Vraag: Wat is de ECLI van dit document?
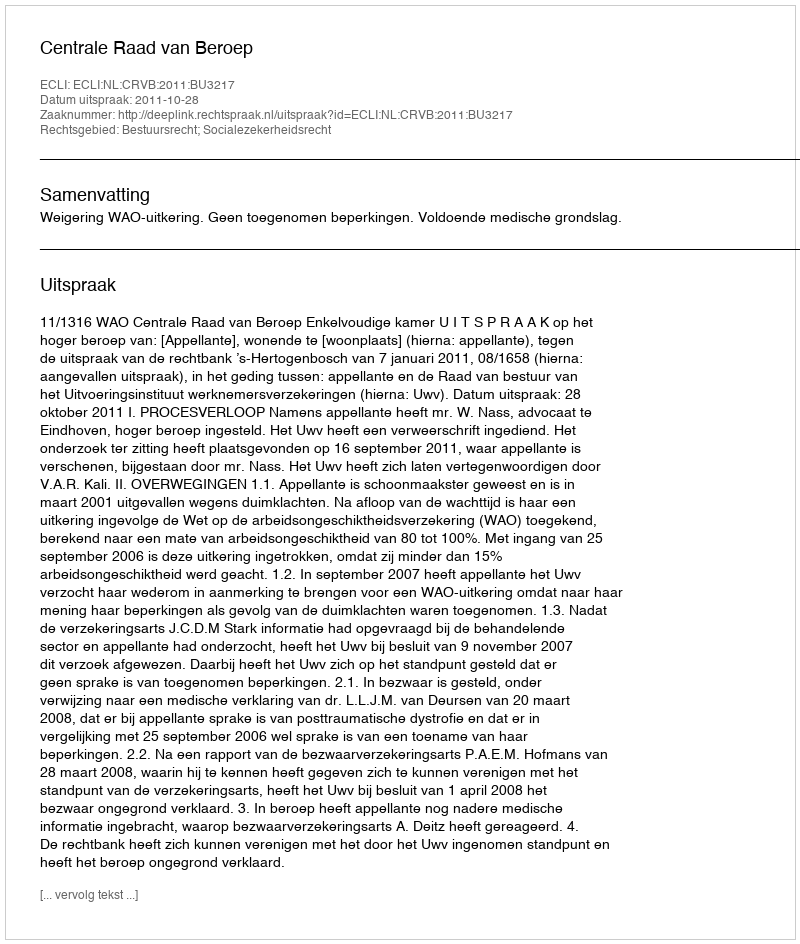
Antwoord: ECLI:NL:CRVB:2011:BU3217